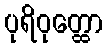
ပုရိဝုတ္ထော